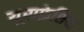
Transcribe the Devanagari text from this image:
यूराफ़्रेशिया